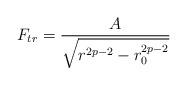
LaTeX: \begin{align*}F_{tr} = \frac{A}{\sqrt{r^{2p-2} - r_0^{2p-2}}}\end{align*}